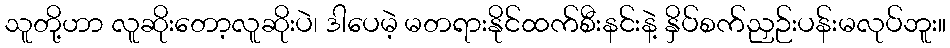
သူတို့ဟာ လူဆိုးတော့လူဆိုးပဲ၊ ဒါပေမဲ့ မတရားနိုင်ထက်စီးနင်းနဲ့ နှိပ်စက်ညှဉ်းပန်းမလုပ်ဘူး။